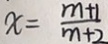
x = \frac { m + 1 } { m + 2 }